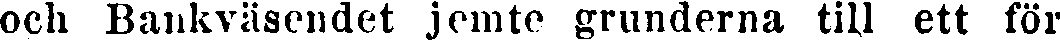
och Bankväsendet jemte grunderna till ett för